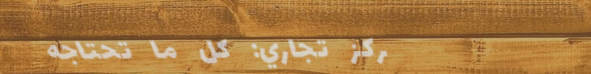
مركز تجاري: كل ما تحتاجه